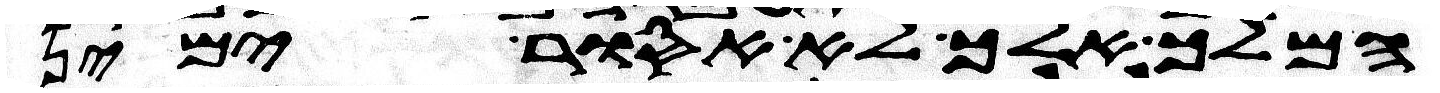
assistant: המלך אלך לא אסור ימין